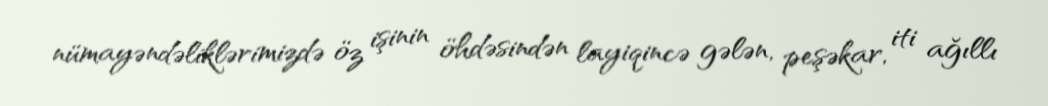
nümayəndəliklərimizdə öz işinin öhdəsindən layiqincə gələn, peşəkar, iti ağıllı